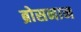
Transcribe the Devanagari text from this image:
ब्रोसनान